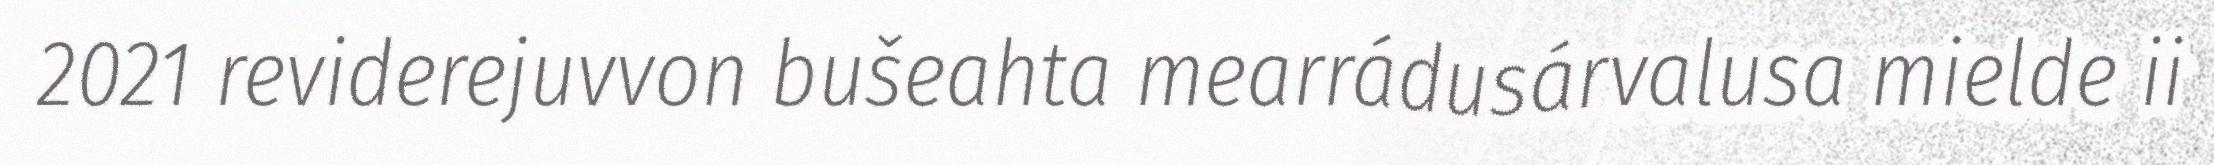
2021 reviderejuvvon bušeahta mearrádusárvalusa mielde ii